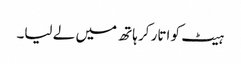
ہیٹ کو اتار کر ہاتھ میں لے لیا۔